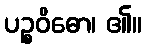
ပဉ္စဝိဓော၊ ၏။